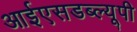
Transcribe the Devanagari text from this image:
आईएसडब्ल्यूपी